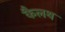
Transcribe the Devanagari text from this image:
कैलथ